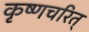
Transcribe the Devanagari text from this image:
कृष्णचरित्